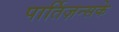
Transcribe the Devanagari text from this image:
पार्तिज़न्सके